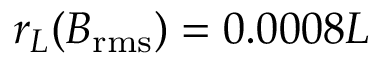
r _ { L } ( B _ { \mathrm { r m s } } ) = 0 . 0 0 0 8 L